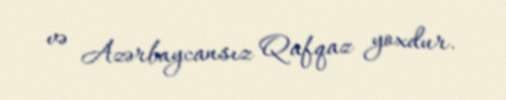
və Azərbaycansız Qafqaz yoxdur.